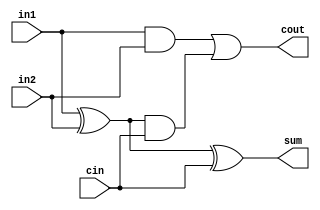
module full_adder(in1,in2,cin,cout,sum);
input in1, in2, cin;
output sum, cout;
wire w1,w2,w3;

and(w1,in1,in2);
and(w2, w3, cin);
or(cout, w1,w2);
xor(w3,in1,in2);
xor(sum, w3, cin);

endmodule